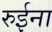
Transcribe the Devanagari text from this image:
रुईना